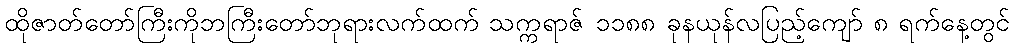
ထိုဇာတ်တော်ကြီးကိုဘကြီးတော်ဘုရားလက်ထက် သက္ကရာဇ် ၁၁၈၈ ခုနယုန်လပြည့်ကျော် ၈ ရက်နေ့တွင်